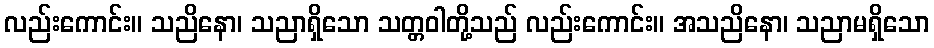
လည်းကောင်း။ သညိနော၊ သညာရှိသော သတ္တဝါတို့သည် လည်းကောင်း။ အသညိနော၊ သညာမရှိသော